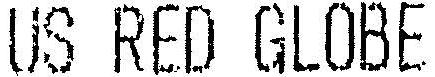
US RED GLOBE